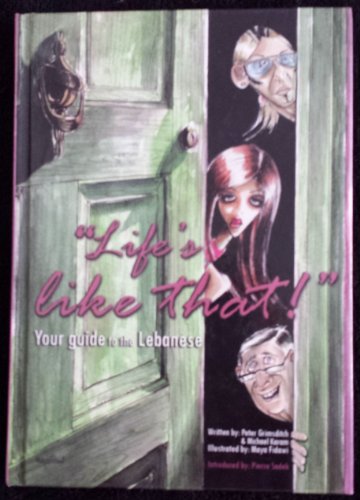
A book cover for Life's Like That!: Your Guide to the Lebanese; Michael Karam; Travel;